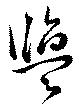
塩